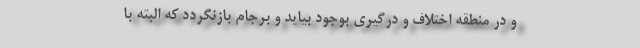
و در منطقه اختلاف و درگیری بوجود بیاید و برجام بازنگردد که البته با